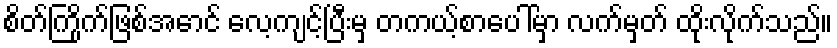
စိတ်ကြိုက်ဖြစ်အောင် လေ့ကျင့်ပြီးမှ တကယ့်စာပေါ်မှာ လက်မှတ် ထိုးလိုက်သည်။